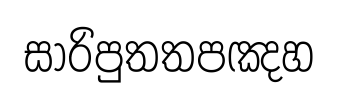
සාරිපුතතපඤහ